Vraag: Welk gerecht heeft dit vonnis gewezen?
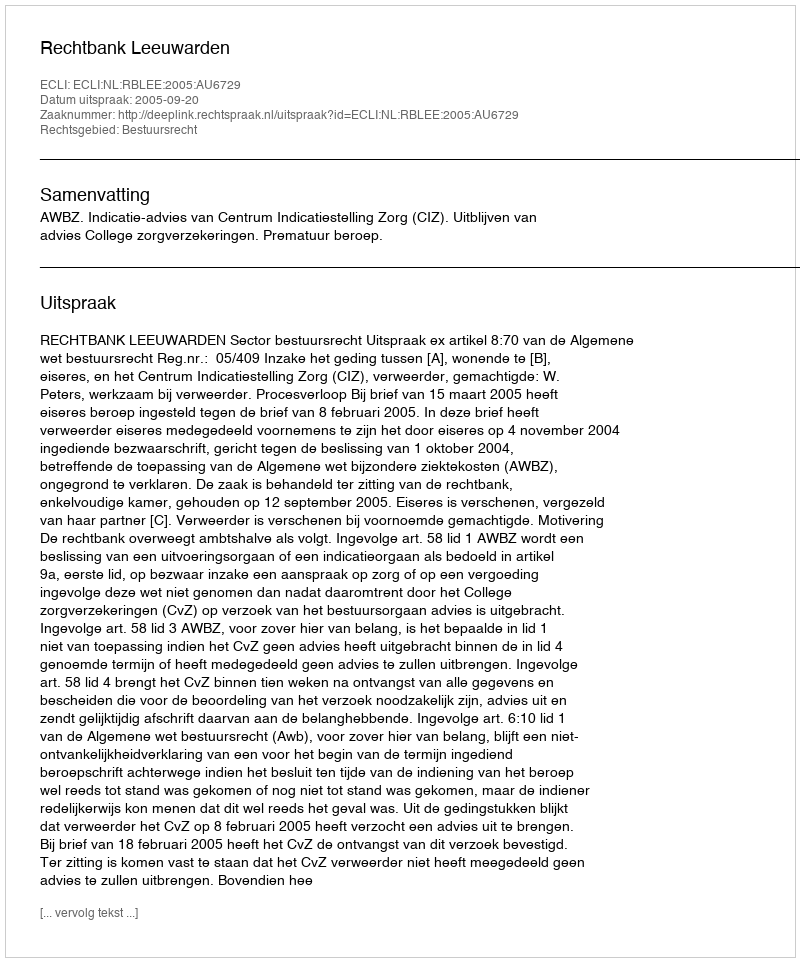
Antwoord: Rechtbank Leeuwarden